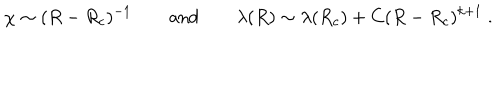
\chi \sim ( R - R _ { c } ) ^ { - 1 } \qquad \mathrm { a n d } \qquad \lambda ( R ) \sim \lambda ( R _ { c } ) + C ( R - R _ { c } ) ^ { k + 1 } \ .